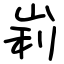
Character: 峲